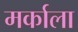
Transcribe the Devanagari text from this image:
मर्काला